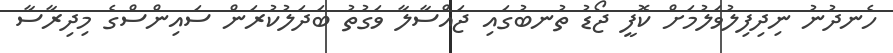
ހެނދުނު ނިދިފިލުވަލުމަށް ކޮފީ ޖޯޑު ތުނބުގައި ޖައްސާލާ ވަގުތު ބަދަލުކުރަން ސައިންސްގެ މިދިރާސާ